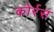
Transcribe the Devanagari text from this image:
कोर्रस